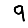
Digit: 9